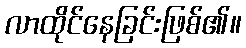
လာထိုင်နေခြင်းဖြစ်၏။